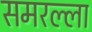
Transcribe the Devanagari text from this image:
समरल्ला